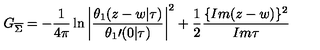
G _ { \overline { \Sigma } } = - \frac { 1 } { 4 \pi } \ln \left| \frac { \theta _ { 1 } ( z - w | \tau ) } { { \theta _ { 1 } } \prime ( 0 | \tau ) } \right| ^ { 2 } + \frac { 1 } { 2 } \frac { \{ I m ( z - w ) \} ^ { 2 } } { I m \tau }